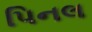
પિનલ